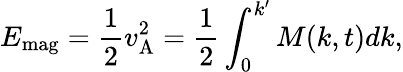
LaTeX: E_{\textrm{mag}}=\frac{1}{2}v_{\mathrm{A}}^{2}=\frac{1}{2}\int_{0}^{k^{\prime}}M(k,t)dk,